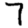
Digit: 7